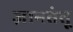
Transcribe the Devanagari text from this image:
ज्ञानतंतू